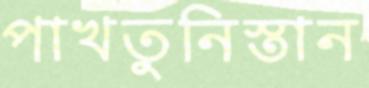
পাখতুনিস্তান